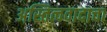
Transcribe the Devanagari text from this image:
अस्तित्ववादाचा